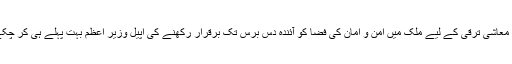
پائیدار معاشی ترقی کے لیے ملک میں امن و امان کی فضا کو آئندہ دس برس تک برقرار رکھنے کی اپیل وزیر اعظم بہت پہلے ہی کر چکے ہیں۔